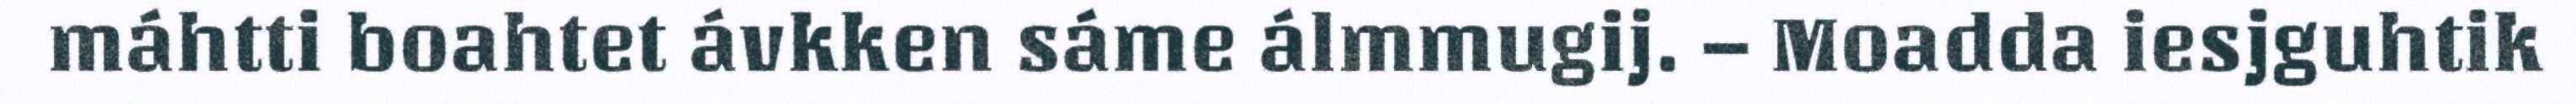
máhtti boahtet ávkken sáme álmmugij. – Moadda iesjguhtik